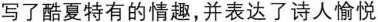
写了酷夏特有的情趣，并表达了诗人愉悦